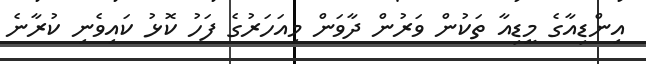
އިންޑިއާގެ މީޑިއާ ތަކުން ވަރުން ދާވަން މިއަހަރުގެ ފަހު ކޮޅު ކައިވެނި ކުރާނެ